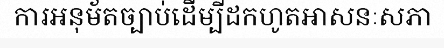
ការអនុម័តច្បាប់ដើម្បីដកហូតអាសនៈសភា